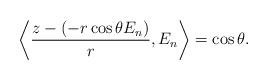
LaTeX: \begin{align*} \left<\frac{z-(-r\cos\theta E_n)}{r},E_n\right>=\cos\theta.\end{align*}